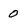
Character: 0